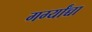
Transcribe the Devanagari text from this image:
गर्ग्यांच्चा